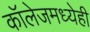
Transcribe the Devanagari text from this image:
कॉलेजमध्येही